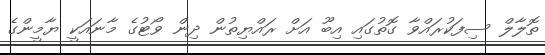
ތޮލާލް ސިފަކުރައްވާ ގޮތުގައި އިބޫ އަށް ރައްޔިތުން ދިން ވޯޓުގެ މާނައަކީ ޔާމީންގެ